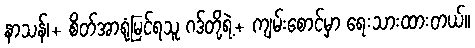
နာသန်၊+ စိတ်အာရုံမြင်ရသူ ဂဒ်တို့ရဲ့+ ကျမ်းစောင်မှာ ရေးသားထားတယ်။